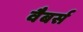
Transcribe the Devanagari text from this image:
वैबर्स